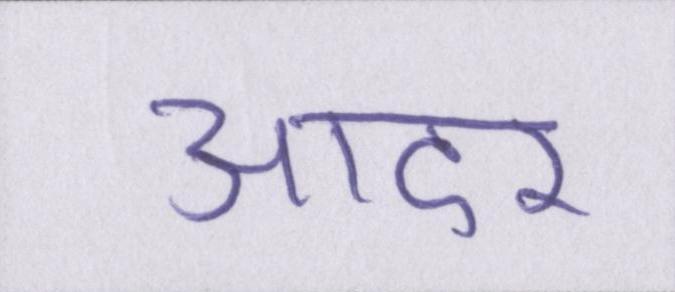
आदर